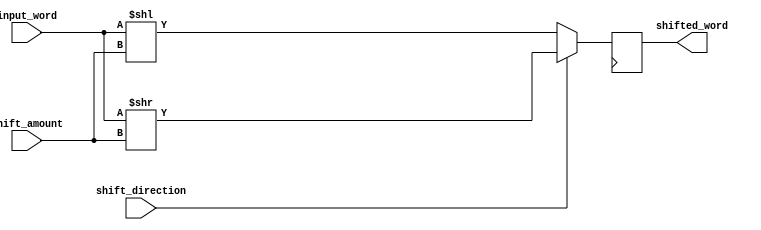
module barrel_shifter (
    input wire [7:0] input_word,
    input wire [2:0] shift_amount,
    input wire shift_direction,
    output reg [7:0] shifted_word
);

reg [7:0] shifted_temp;

always @(*) begin
    if (shift_direction) begin // Right shift
        shifted_temp = input_word >> shift_amount;
    end else begin // Left shift
        shifted_temp = input_word << shift_amount;
    end
end

always @(posedge clk) begin
    shifted_word <= shifted_temp;
end

endmodule